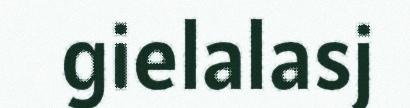
gielalasj